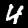
Digit: 4